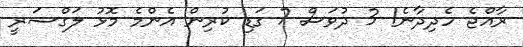
ރާއްޖެ ހެދިދާނެ! 3 ދުވަސް 7 ގަޑި ކުރިން އެންމެ މޮޅު ލަގްޝަރީ